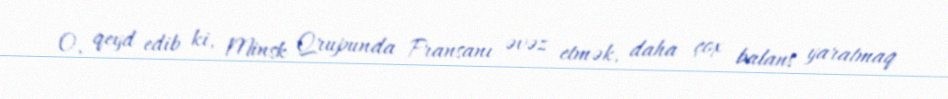
O, qeyd edib ki, Minsk Qrupunda Fransanı əvəz etmək, daha çox balans yaratmaq